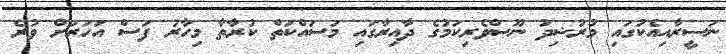
ނަސީރާއިއެކުގައި މުރުޝިދު ނޫސްވެރިކަމުގެ ދާއިރާގައި މަސައްކަތް ކުރާތާ މިހާރު ފަސް އަހަރަށް ވުރެ